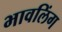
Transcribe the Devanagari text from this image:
भावलिंग